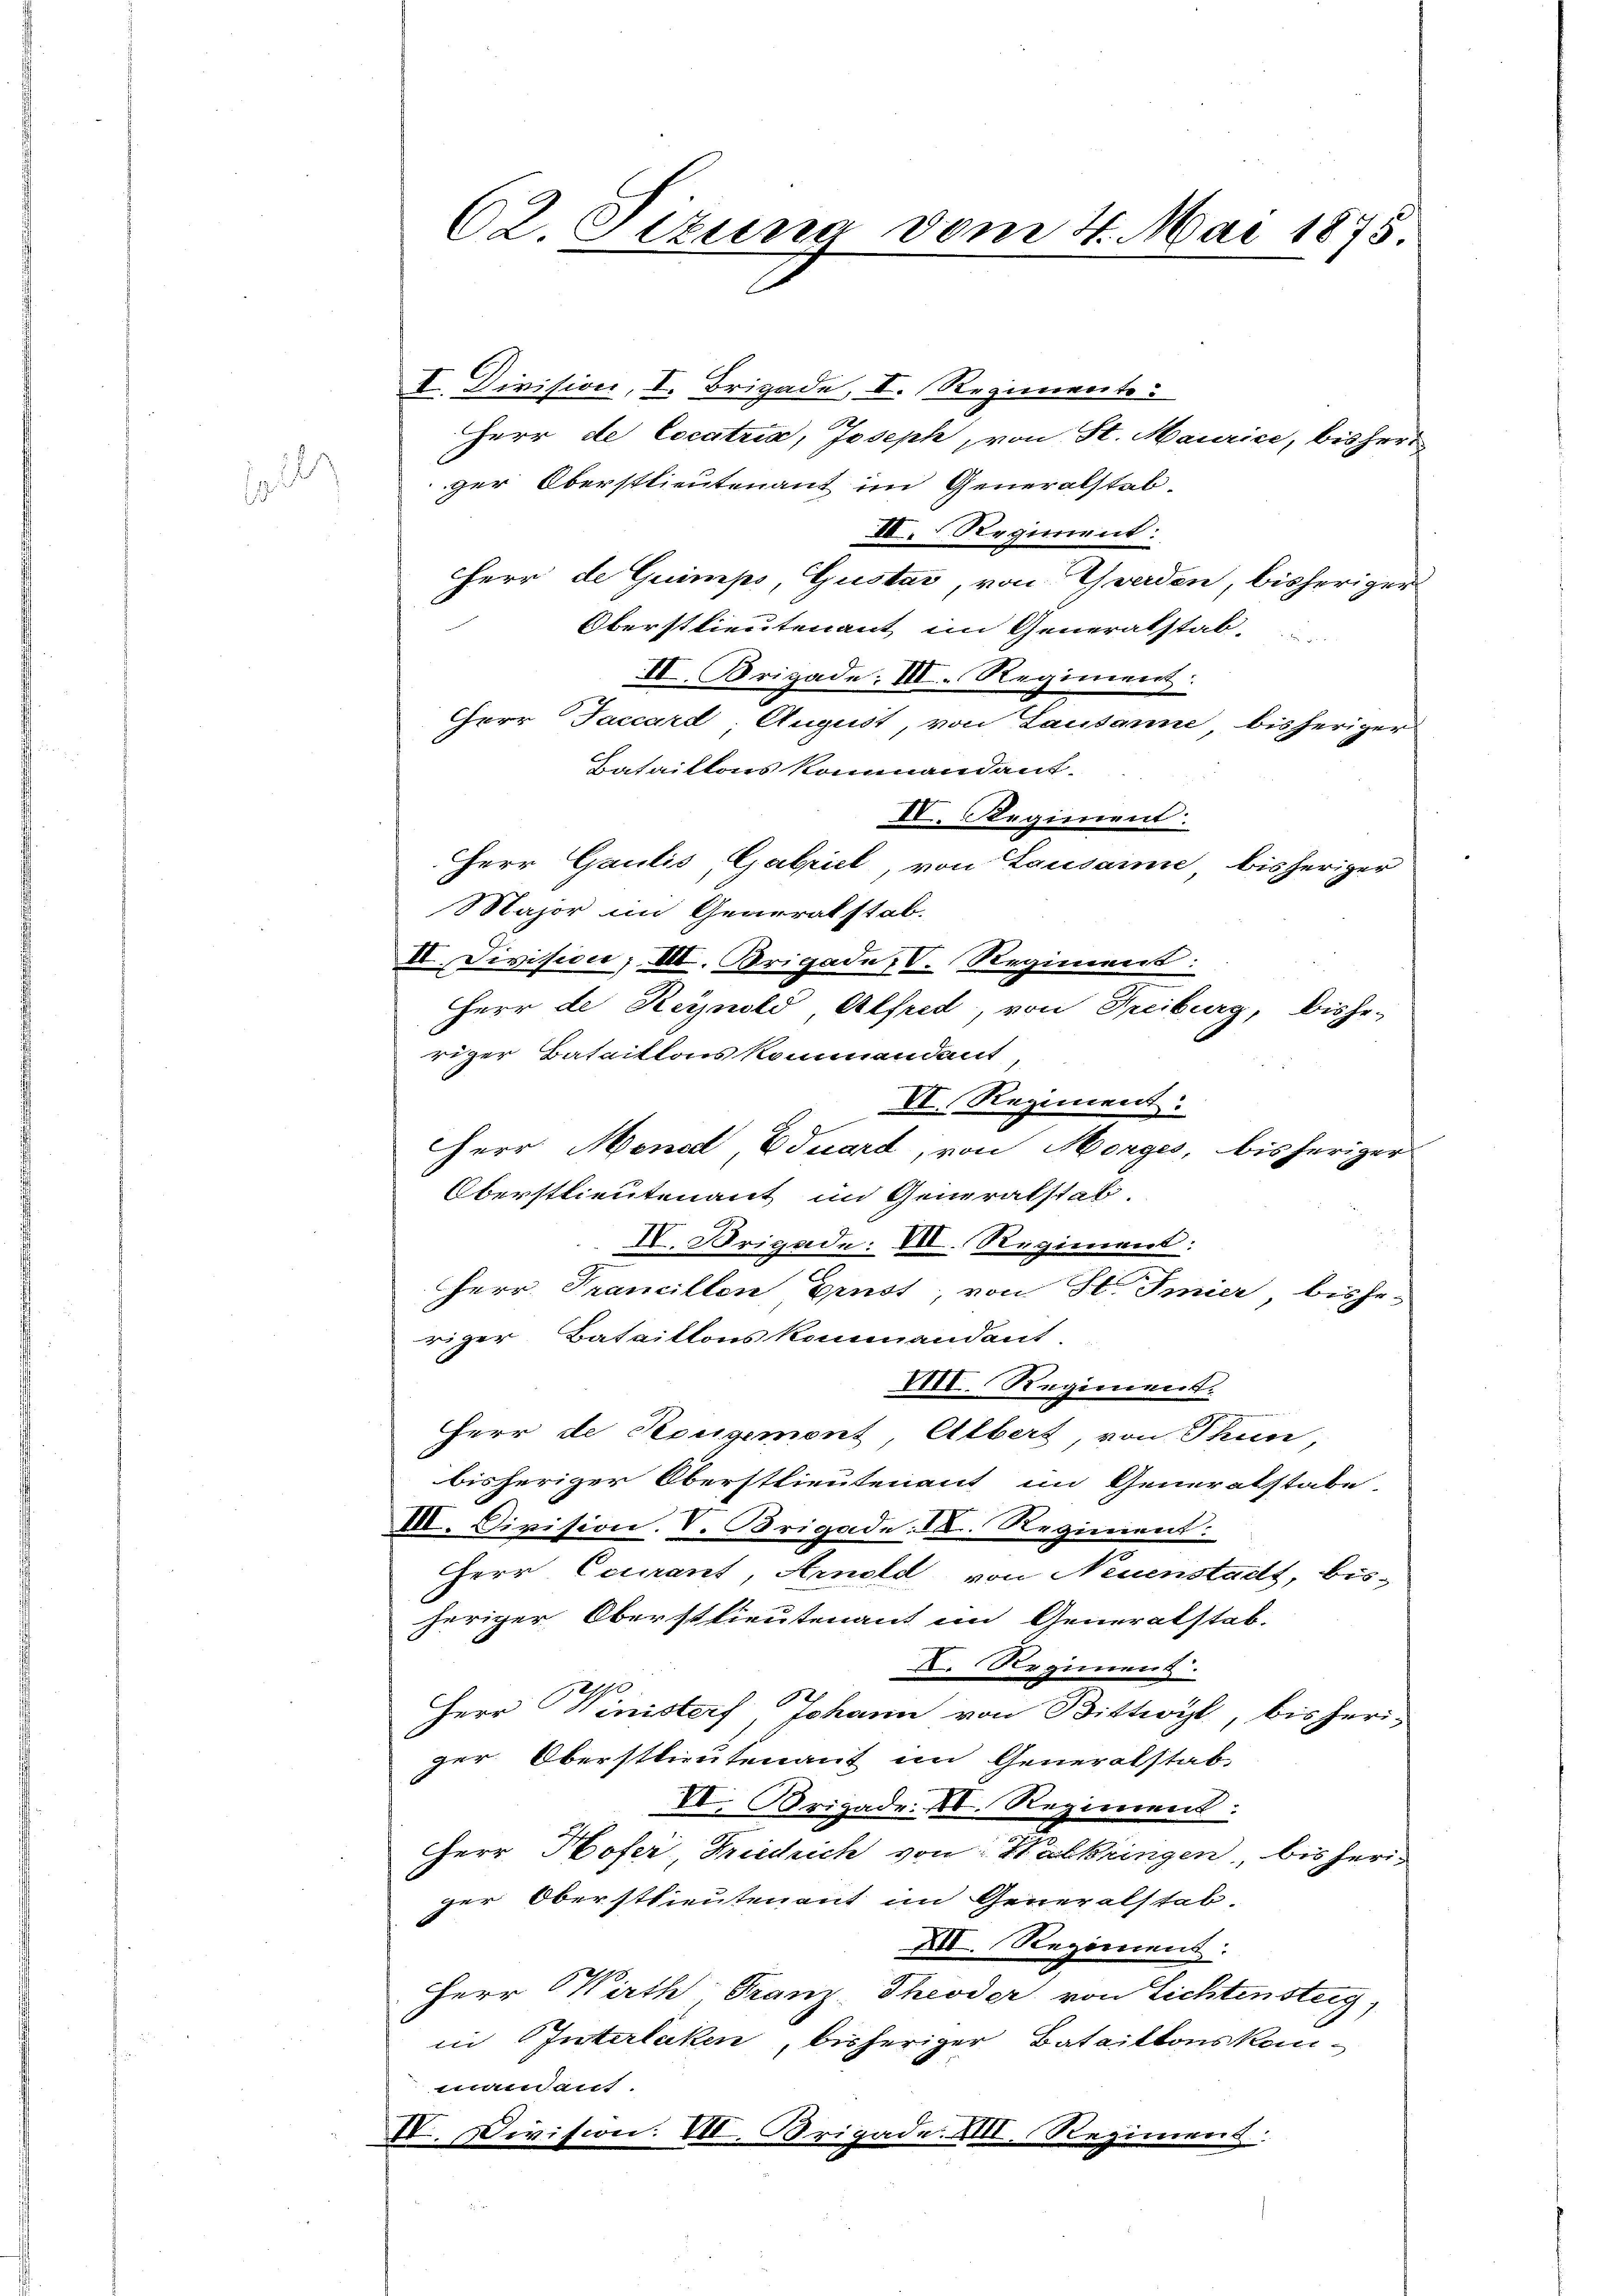
soll

62 Sizung vom 4. Mai 1875

I. Division, I. Brigade, I. Regimente:
Herr de Cocatria, Joseph von St. Maurice, bisherr
ger Oberstlieutenant im Generalstab
III. Regiment:
Herr de Guimps, Gustar, von Yverden, bisheriger
Oberstlieutenant im Generalstab,
II. Brigade: III. Regiment.
Herr Jaccard-August, von Lausanne, bisheriger
Bataillons Kommandant
IV. Regiment:
Herr Gaulis, Gabriel, von Lausanne bisheriger
Major im Generalstab.
II. Division; III. Origade; V. Regiment:
Herr de Reynold, Alfred, von Freiburg, bishe-
riger Bataillons kommendant
VI. Regiment.
Herr Mend, Eduard, von Morges, bisheriger
Oberstlieutenant im Generalstatt
II. Brigade: VII. Regiment:
Herr Prancillen Ernst, von St. Imier bisheriger Bataillonskommandant.
VIII. Regiment.
Herr de Horgement Albert, von Thun,
bisheriger Oberstlieutenant im Generalstabe
III. Division. V. Brigade: I. Regiment:
Herr Courant, Arnold von Neuenstadt, bis-
heriger Oberstlieutenant im Generalstab.
I. Regiment.
Herr Winisterf Johann von Bittwyl, bisheri-
der Oberstlieutenauf im Generalstab-
VV. Origade. D. Regiment:
Herr Hofer, Friedrich von Walkringen bisheriger Oberstlieutenant im Generalstab.
XII. Regiment:
Herr Wirth Franz Theoder von Lichtensteig,
in Interlaken, bisheriger Bataillonskommand auf.
II. Division: VII. Brigade. XIII. Regiment: